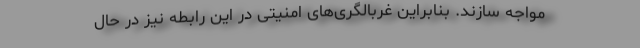
مواجه سازند. بنابراین غربالگری‌های امنیتی در این رابطه نیز در حال